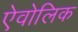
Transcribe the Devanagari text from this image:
ऐवोलिक